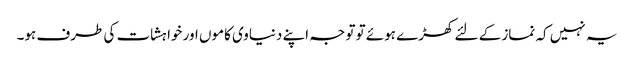
یہ نہیں کہ نماز کے لئے کھڑے ہوئے تو توجہ اپنے دنیاوی کاموں اور خواہشات کی طرف ہو۔